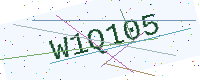
Text: W1Q105